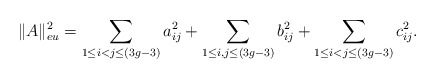
\begin{align*} \|A\|_{eu}^2 = \sum_{1\leq i<j\leq (3g-3)}a_{ij}^2+\sum_{1\leq i,j\leq (3g-3)}b_{ij}^2+\sum_{1\leq i<j\leq (3g-3)}c_{ij}^2.\end{align*}